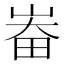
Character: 𱰳